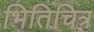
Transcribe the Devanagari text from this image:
भितिचित्र